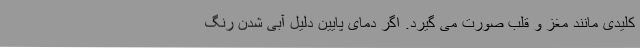
کلیدی مانند مغز و قلب صورت می گیرد. اگر دمای پایین دلیل آبی شدن رنگ